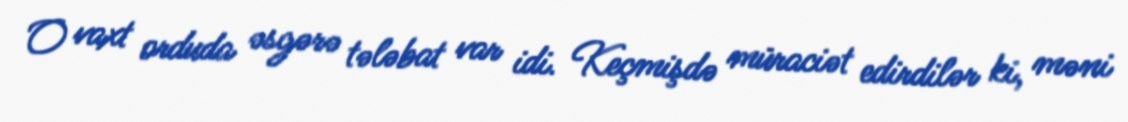
O vaxt orduda əsgərə tələbat var idi. Keçmişdə müraciət edirdilər ki, məni